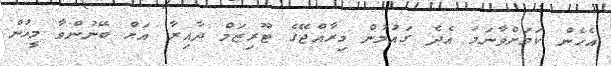
އެހެން ކަމަށްވާނަމަ އެދެ ގައުމުން މިރާއްޖޭގެ ޓޫރިޒަމް ދާއިރާ އަށް ބޭނުންވާ މީހުން